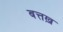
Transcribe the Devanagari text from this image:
बत्तख़